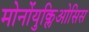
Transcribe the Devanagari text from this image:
मोनोंयुक्लिओसिस